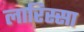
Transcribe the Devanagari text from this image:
लारिस्सा